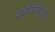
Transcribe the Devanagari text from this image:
खडीबोलीसहित